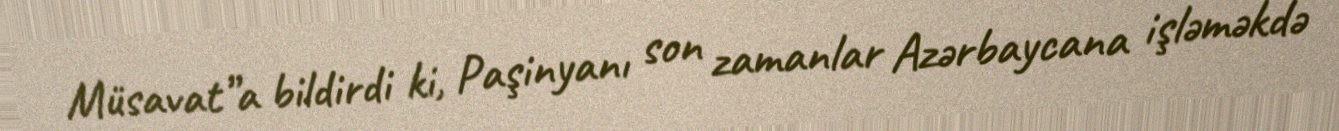
Müsavat”a bildirdi ki, Paşinyanı son zamanlar Azərbaycana işləməkdə